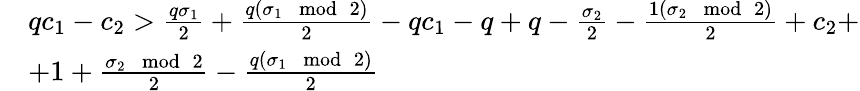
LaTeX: \begin{array}{rl}&{qc_{1}-c_{2}>\frac{q\sigma_{1}}{2}+\frac{q(\sigma_{1}\mod 2)}{2}-qc_{1}-q+q-\frac{\sigma_{2}}{2}-\frac{1(\sigma_{2}\mod 2)}{2}+c_{2}+}\\ &{+1+\frac{\sigma_{2}\mod 2}{2}-\frac{q(\sigma_{1}\mod 2)}{2}}\end{array}